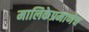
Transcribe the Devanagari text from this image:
मालिकेप्रमाणेच